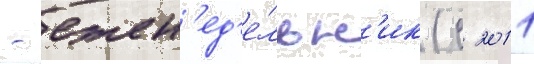
- ежен'ед'е́льн'ик (с 2011